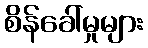
စိန်ခေါ်မှုများ